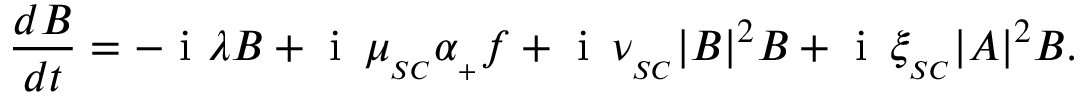
\frac { d B } { d t } = - \mathrm { ~ i ~ } \lambda B + \mathrm { ~ i ~ } \, \mu _ { _ { S C } } \alpha _ { _ + } f + \mathrm { ~ i ~ } \, \nu _ { _ { S C } } | B | ^ { 2 } B + \mathrm { ~ i ~ } \, \xi _ { _ { S C } } | A | ^ { 2 } B .